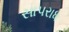
સાપરાધ